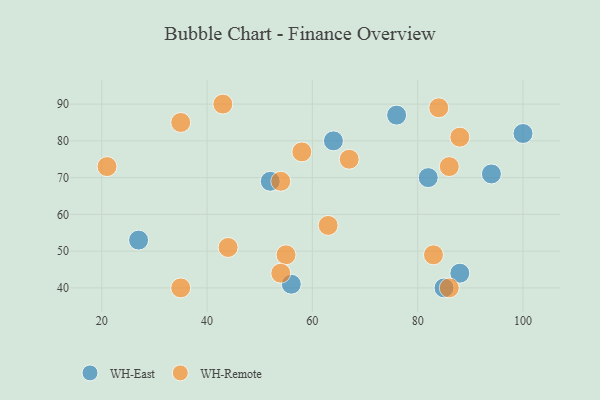
{"axis": {"x": "GDP", "y": "Life Expectancy"}, "legend": ["WH-East", "WH-Remote"], "data": [{"x": "85", "y": 40, "type": "WH-East"}, {"x": "76", "y": 87, "type": "WH-East"}, {"x": "94", "y": 71, "type": "WH-East"}, {"x": "56", "y": 41, "type": "WH-East"}, {"x": "52", "y": 69, "type": "WH-East"}, {"x": "64", "y": 80, "type": "WH-East"}, {"x": "88", "y": 44, "type": "WH-East"}, {"x": "100", "y": 82, "type": "WH-East"}, {"x": "27", "y": 53, "type": "WH-East"}, {"x": "82", "y": 70, "type": "WH-East"}, {"x": "63", "y": 57, "type": "WH-Remote"}, {"x": "88", "y": 81, "type": "WH-Remote"}, {"x": "54", "y": 69, "type": "WH-Remote"}, {"x": "44", "y": 51, "type": "WH-Remote"}, {"x": "86", "y": 73, "type": "WH-Remote"}, {"x": "83", "y": 49, "type": "WH-Remote"}, {"x": "86", "y": 40, "type": "WH-Remote"}, {"x": "84", "y": 89, "type": "WH-Remote"}, {"x": "67", "y": 75, "type": "WH-Remote"}, {"x": "58", "y": 77, "type": "WH-Remote"}, {"x": "55", "y": 49, "type": "WH-Remote"}, {"x": "21", "y": 73, "type": "WH-Remote"}, {"x": "54", "y": 44, "type": "WH-Remote"}, {"x": "35", "y": 40, "type": "WH-Remote"}, {"x": "35", "y": 85, "type": "WH-Remote"}, {"x": "43", "y": 90, "type": "WH-Remote"}]}